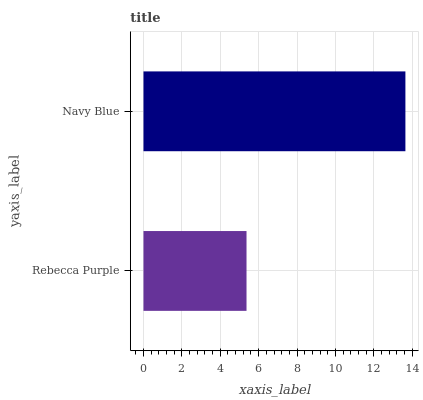
| yaxis_label | bars |
 | --- | --- |
 | Rebecca Purple | 5.37 |
 | Navy Blue | 13.6 |